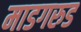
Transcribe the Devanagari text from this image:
माडगरुड